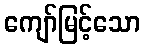
ကျော်မြင့်သော